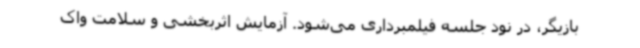
بازیگر، در نود جلسه فیلمبرداری می‌شود. آزمایش اثربخشی و سلامت واک